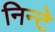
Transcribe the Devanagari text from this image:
निन्टे